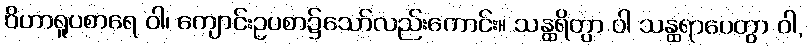
ဝိဟာရူပစာရေ ဝါ၊ ကျောင်းဥပစာ၌သော်လည်းကောင်း။ သန္ထရိတွာ ဝါ သန္ထရာပေတွာ ဝါ,